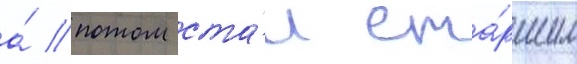
а́ потом ста́л ста́ршим